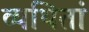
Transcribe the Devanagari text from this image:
व्यथितां